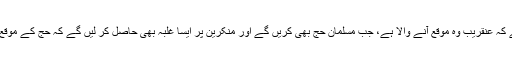
اِس میں ضمناً یہ بشارت بھی ہے کہ عنقریب وہ موقع آنے والا ہے، جب مسلمان حج بھی کریں گے اور منکرین پر ایسا غلبہ بھی حاصل کر لیں گے کہ حج کے موقع پر اِس طرح کا اعلان کر سکیں۔